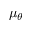
\mu _ { \theta }